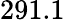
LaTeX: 291.1